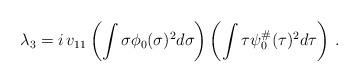
LaTeX: \begin{align*} \lambda_3 = i \, v_{11} \left(\int \sigma \phi_0(\sigma)^2 d\sigma \right) \left(\int \tau \psi_0^\#(\tau)^2 d\tau \right) \,.\end{align*}